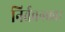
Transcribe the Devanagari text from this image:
निर्वचनकार